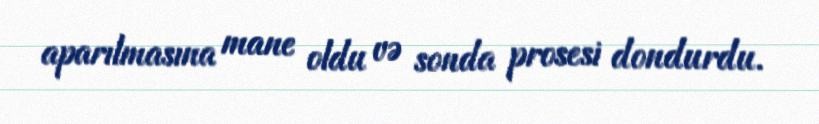
aparılmasına mane oldu və sonda prosesi dondurdu.